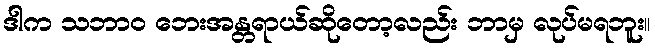
ဒါက သဘာဝ ဘေးအန္တရာယ်ဆိုတော့လည်း ဘာမှ လုပ်မရဘူး။